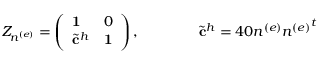
Z _ { n ^ { ( e ) } } = \left( \begin{array} { l l } { { { \bf 1 } } } & { { 0 } } \\ { { { { \tilde { \bf c } } ^ { h } } } } & { { { \bf 1 } } } \end{array} \right) , \qquad \qquad { \tilde { \bf c } } ^ { h } = 4 0 n ^ { ( e ) } { n ^ { ( e ) } } ^ { t }